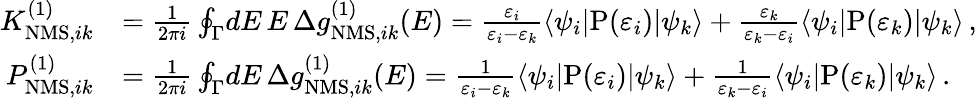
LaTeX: \begin{array}{rl}{K_{\mathrm{NMS},ik}^{(1)}}&{=\frac{1}{2\pi i}\oint_{\Gamma}\! dE\, E\, \Delta g_{\mathrm{NMS},ik}^{(1)}(E)=\frac{\varepsilon_{i}}{\varepsilon_{i}-\varepsilon_{k}}\langle\psi_{i}|\mathrm{P}(\varepsilon_{i})|\psi_{k}\rangle+\frac{\varepsilon_{k}}{\varepsilon_{k}-\varepsilon_{i}}\langle\psi_{i}|\mathrm{P}(\varepsilon_{k})|\psi_{k}\rangle\, ,}\\ {P_{\mathrm{NMS},ik}^{(1)}}&{=\frac{1}{2\pi i}\oint_{\Gamma}\! dE\, \Delta g_{\mathrm{NMS},ik}^{(1)}(E)=\frac{1}{\varepsilon_{i}-\varepsilon_{k}}\langle\psi_{i}|\mathrm{P}(\varepsilon_{i})|\psi_{k}\rangle+\frac{1}{\varepsilon_{k}-\varepsilon_{i}}\langle\psi_{i}|\mathrm{P}(\varepsilon_{k})|\psi_{k}\rangle\, .}\end{array}